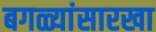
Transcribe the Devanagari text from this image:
बगळ्यांसारखा